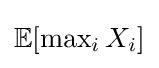
{\textstyle \mathbb {E} [\max _{i}X_{i}]}